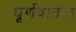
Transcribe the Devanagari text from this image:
घूर्णवातात